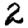
Digit: 2